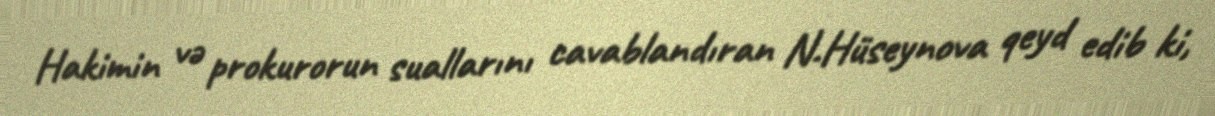
Hakimin və prokurorun suallarını cavablandıran N.Hüseynova qeyd edib ki,